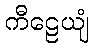
ကီဠေယျံ